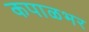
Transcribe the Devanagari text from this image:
कपाळभर